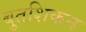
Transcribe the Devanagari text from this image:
बुतशिकन